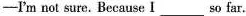
-I'm not sure. Because I ___ so far.